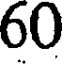
60